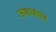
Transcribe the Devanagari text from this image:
ऊषाकाल